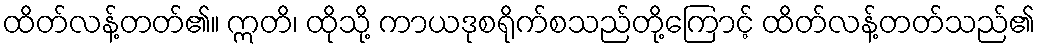
ထိတ်လန့်တတ်၏။ ဣတိ၊ ထိုသို့ ကာယဒုစရိုက်စသည်တို့ကြောင့် ထိတ်လန့်တတ်သည်၏